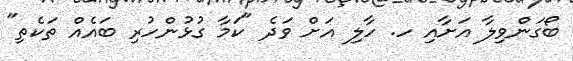
ބޯގަންވިލާ އަށާއި ހ. ހާލި އަށް ވަދެ "ކަމާ ގުޅުންހުރި ބައެއް ތަކެތި"